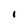
Character: I